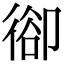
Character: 𢔱